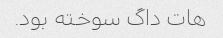
هات داگ سوخته بود.